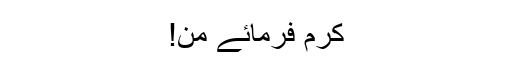
کرم فرمائے من!